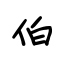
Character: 伯